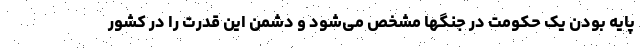
پایه بودن یک حکومت در جنگها مشخص می‌شود و دشمن این قدرت را در کشور